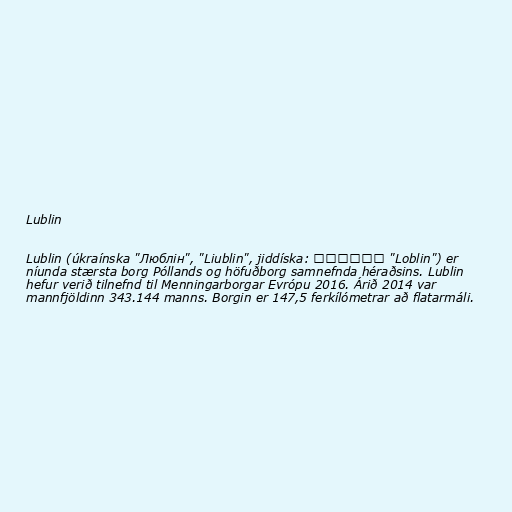
Lublin

Lublin (úkraínska "Люблін", "Liublin", jiddíska: לובלין "Loblin") er
níunda stærsta borg Póllands og höfuðborg samnefnda héraðsins. Lublin
hefur verið tilnefnd til Menningarborgar Evrópu 2016. Árið 2014 var
mannfjöldinn 343.144 manns. Borgin er 147,5 ferkílómetrar að flatarmáli.